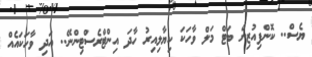
ޔެސް.. ކޮންފިއުޒިން ބަޓް މަލް ވާހަކަ ކިޔާލިއިރު ހާދަ އިންޓްރެސްޓިންނޭ.. އަދި ވާހަކައެއް